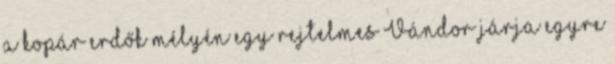
a kopár erdők mélyén egy rejtelmes Vándor járja egyre